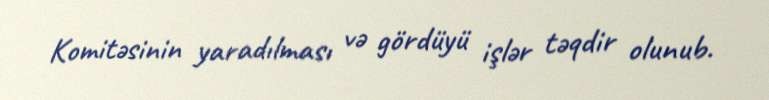
Komitəsinin yaradılması və gördüyü işlər təqdir olunub.